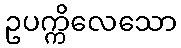
ဥပက္ကိလေသော